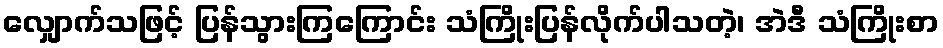
လျှောက်သဖြင့် ပြန်သွားကြကြောင်း သံကြိုးပြန်လိုက်ပါသတဲ့၊ အဲဒီ သံကြိုးစာ